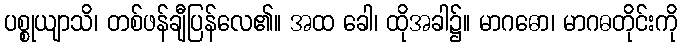
ပစ္စုယျာသိ၊ တစ်ဖန်ချီပြန်လေ၏။ အထ ခေါ၊ ထိုအခါ၌။ မာဂဓော၊ မာဂဓတိုင်းကို